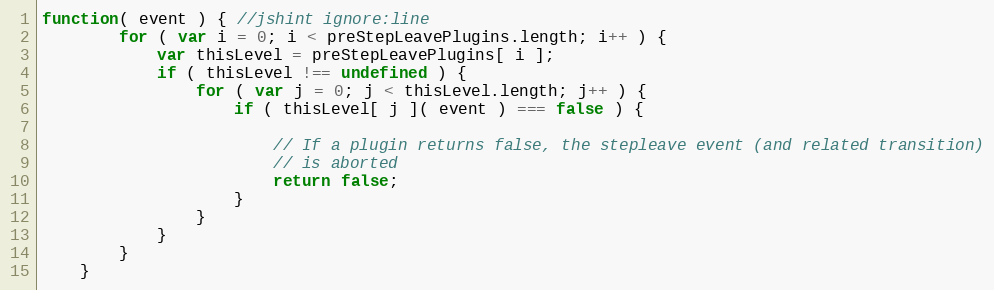
Language: JavaScript
function( event ) { //jshint ignore:line
        for ( var i = 0; i < preStepLeavePlugins.length; i++ ) {
            var thisLevel = preStepLeavePlugins[ i ];
            if ( thisLevel !== undefined ) {
                for ( var j = 0; j < thisLevel.length; j++ ) {
                    if ( thisLevel[ j ]( event ) === false ) {

                        // If a plugin returns false, the stepleave event (and related transition)
                        // is aborted
                        return false;
                    }
                }
            }
        }
    }